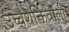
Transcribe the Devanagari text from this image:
उच्चशक्तिवाली